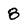
Character: 8